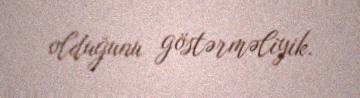
olduğunu göstərməliyik.